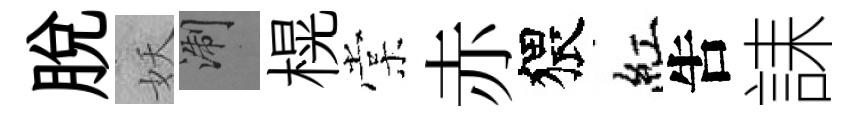
脫妖浙榥棠赤猥紅吿誄